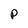
Character: P